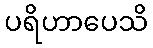
ပရိဟာပေသိ